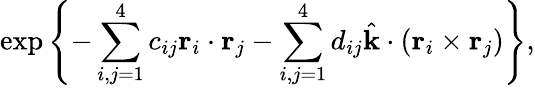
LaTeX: \exp\left\{ -\sum_{i,j=1}^{4}c_{ij}\mathrm{\mathbf r}_{i}\cdot\mathrm{\mathbf r}_{j}-\sum_{i,j=1}^{4}d_{ij}\hat{\mathrm{\mathbf k}}\cdot(\mathrm{\mathbf r}_{i}\times\mathrm{\mathbf r}_{j})\right\} ,